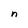
Character: n